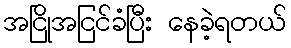
အငြိုအငြင်ခံပြီး နေခဲ့ရတယ်